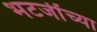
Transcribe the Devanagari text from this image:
भटजींच्या